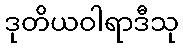
ဒုတိယဝါရာဒီသု